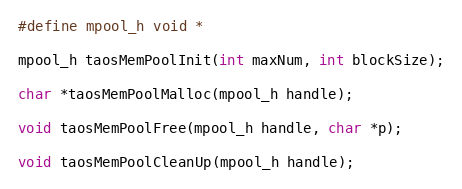
Language: C
#define mpool_h void *

mpool_h taosMemPoolInit(int maxNum, int blockSize);

char *taosMemPoolMalloc(mpool_h handle);

void taosMemPoolFree(mpool_h handle, char *p);

void taosMemPoolCleanUp(mpool_h handle);